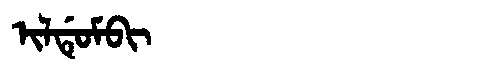
Manchu: ᡳᠯᡩᡠᠮᠪᡳ
Romanization: ILDUMBI